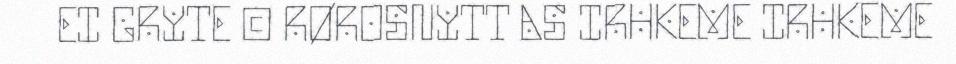
EI GRYTE © RØROSNYTT AS IRHKEME IRHKEME